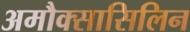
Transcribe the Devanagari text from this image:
अमौक्सासिलिन